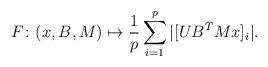
LaTeX: \begin{align*} F \colon (x,B,M) \mapsto \frac{1}{p} \sum_{i=1}^p |[U B^T M x]_i|. \end{align*}